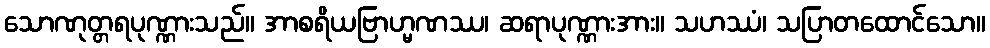
သောဏုတ္တရပုဏ္ဏားသည်။ အာစရိယဗြာဟ္မဏဿ၊ ဆရာပုဏ္ဏားအား။ သဟဿံ၊ သပြာတထောင်သော။